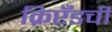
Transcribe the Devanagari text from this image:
क्रिप्टँडची